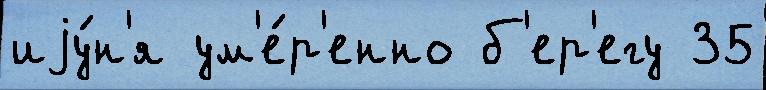
иjу́н'я ум'е́р'енно б'ер'егу 35